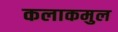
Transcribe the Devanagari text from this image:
कलाकमुल